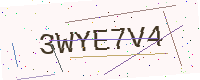
Text: 3WYE7V4